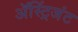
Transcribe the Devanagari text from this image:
ॲस्ट्रिंजंट